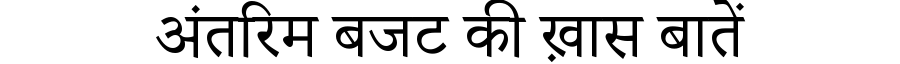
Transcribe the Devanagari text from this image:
अंतरिम बजट की ख़ास बातें